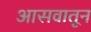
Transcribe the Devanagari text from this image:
आसवातून